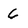
Character: 6